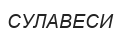
СУЛАВЕСИ